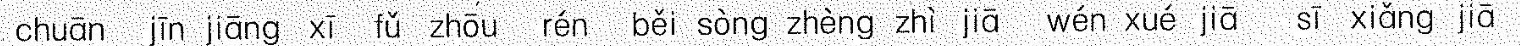
chuān jīn jiāng xī fǔ zhōu rén běi sòng jiā wén xué sī xiǎng jiā